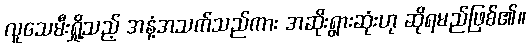
လူသေမီးရှို့သည့် အနံ့အသက်သည်ကား အဆိုးရွားဆုံးဟု ဆိုရမည်ဖြစ်၏။